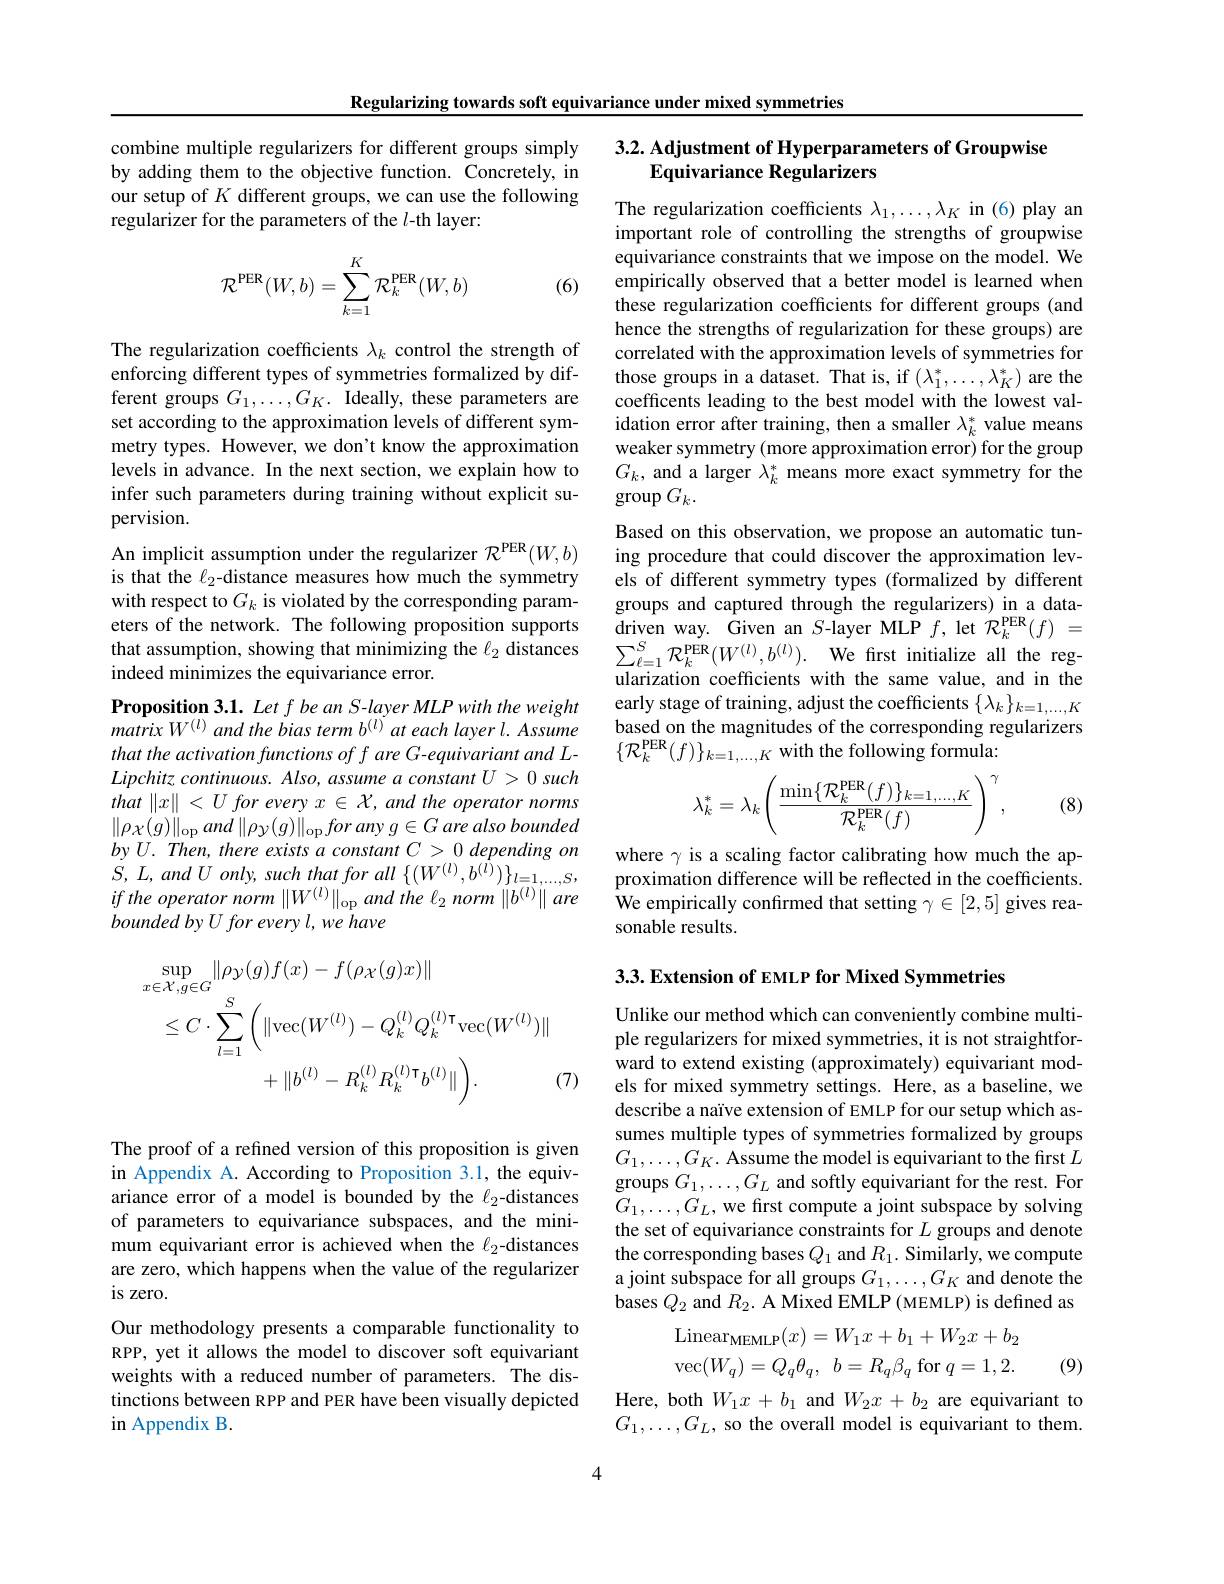
Regularizing towards soft equivariance under mixed symmetries

combine multiple regularizers for different groups simply by adding them to the objective function. Concretely, in our setup of $K$ different groups, we can use the following regularizer for the parameters of the $l$-th layer:
$$\mathcal{R}^{\mathrm{PER}}(W,b)=\sum_{k=1}^{K}\mathcal{R}_{k}^{\mathrm{PER}}(W,b)$$
(6)

The regularization coefficients $\lambda_k$ control the strength of enforcing different types of symmetries formalized by different groups $G_1,\ldots,G_K.$ Ideally, these parameters are set according to the approximation levels of different symmetry types. However, we don't know the approximation levels in advance. In the next section, we explain how to infer such parameters during training without explicit supervision.
An implicit assumption under the regularizer $\mathcal{R}^\mathrm{PER}(W,b)$ is that the $\ell_2$-distance measures how much the symmetry with respect to $G_k$ is violated by the corresponding parameters of the network. The following proposition supports that assumption, showing that minimizing the $\ell_2$ distances indeed minimizes the equivariance error.
Proposition 3.1. Let f be an S-layer MLP with the weight $matrixW^{(l)}$ and the bias term b$^{(l)}$ at each layer $l.Assume$ that the activation functions of f are G-equivariant and LLipchitz continuous. Also, assume a constant $U>0$ such that $\| x\|$ < $U$ for every $x$ $\in$ ${\mathcal{X} }$, and the operator norms $\|\rho_{\mathcal{X}}(g)\|_{\mathrm{op}}and\left\|\rho_{\mathcal{Y}}(g)\right\|_{\mathrm{op}}for$ any $g\in G$ are also bounded $by$ $U.$ $Then$, there exists $a$ constant $C> 0$ depending $on$ $\dot{S} $, $L$, and $U$ $only$, such that for all $\{ ( W^{( l) }, b^{( l) }) \} _{l= 1, \ldots , S}$, $if$ the operator norm $\left\|W^{(l)}\right\|_\mathrm{op}$ and the $\ell_2$ norm $\left\|b^{(l)}\right\|$ are bounded by U for every l, we have
$$\begin{aligned}&\sup_{x\in\mathcal{X},g\in G}\|\rho_{\mathcal{Y}}(g)f(x)-f(\rho_{\mathcal{X}}(g)x)\|\\&\leq C\cdot\sum_{l=1}^{S}\left(\|\mathrm{vec}(W^{(l)})-Q_{k}^{(l)}Q_{k}^{(l)\intercal}\mathrm{vec}(W^{(l)})\|\\&+\|b^{(l)}-R_{k}^{(l)}R_{k}^{(l)\intercal}b^{(l)}\|\right).\end{aligned}$$
(7)

The proof of a refined version of this proposition is given in Appendix A. According to Proposition 3.1, the equivariance error of a model is bounded by the $\ell_{2}$-distances of parameters to equivariance subspaces, and the minimum equivariant error is achieved when the $\ell_{2}$-distances are zero, which happens when the value of the regularizer is zero.
Our methodology presents a comparable functionality to RPP, yet it allows the model to discover soft equivariant weights with a reduced number of parameters. The distinctions between RPP and PER have been visually depicted in Appendix B.

## 3.2. Adjustment of Hyperparameters of Groupwise Equivariance Regularizers

The regularization coefficients $\lambda_1,\ldots,\lambda_K$ in (6)play an important role of controlling the strengths of groupwise equivariance constraints that we impose on the model. We empirically observed that a better model is learned when these regularization coefficients for different groups (and hence the strengths of regularization for these groups) are correlated with the approximation levels of symmetries for those groups in a dataset. That is, if $(\lambda_1^*,\ldots,\lambda_K^*)$ are the coefficents leading to the best model with the lowest validation error after training, then a smaller $\lambda_k^*$ value means weaker symmetry (more approximation error) for the group $G_k$, and a larger $\lambda_k^*$ means more exact symmetry for the $\operatorname{group}G_k.$
Based on this observation, we propose an automatic tuning procedure that could discover the approximation levels of different symmetry types (formalized by different groups and captured through the regularizers) in a data- $\begin{array}{cc}{\mathrm{driven~way.~Given~an~}S\text{-layer MLP}}&{f,\mathrm{let~}}{\mathcal{R}}_{k}^{\mathrm{PER}}(f)&{=}\end{array}$ $\begin{array}{l}{\sum_{\ell=1}^{S}\mathcal{R}_{k}^{\mathrm{PER}}(W^{(l)},b^{(l)}).\:\mathrm{We~first~initialize~all~the~reg-}}\\{\text{ularization coefficients with the same value, and in the}}\end{array}$ early stage of training, adjust the coefficients $\{\lambda_k\}_{k=1,\ldots,K}$ based on the magnitudes of the corresponding regularizers $\{\mathcal{R}_k^{\mathrm{PER}}(f)\}_{k=1,\ldots,K}$ with the following formula:
$$\lambda_k^*=\lambda_k\left(\frac{\min\{\mathcal{R}_k^{\text{PER}}(f)\}_{k=1,\dots,K}}{\mathcal{R}_k^{\text{PER}}(f)}\right)^\gamma,$$
(8)

where $\gamma$ is a scaling factor calibrating how much the approximation difference will be reflected in the coefficients. We empirically confırmed that setting $\gamma\in[2,5]$ gives reasonable results.

$3. 3. \textbf{Extension of EMLP for Mixed Symmetries}$

Unlike our method which can conveniently combine multiple regularizers for mixed symmetries, it is not straightforward to extend existing (approximately) equivariant models for mixed symmetry settings. Here, as a baseline, we describe a naïve extension of EMLP for our setup which assumes multiple types of symmetries formalized by groups $G_1,\ldots,G_K.$ Assume the model is equivariant to the first $L$ groups $G_1,\ldots,G_L$ and softly equivariant for the rest. For $G_{1},\ldots,G_{L}$,we first compute a joint subspace by solving the set of equivariance constraints for $L$ groups and denote the corresponding bases $Q_1$ and $R_1.$ Similarly, we compute a joint subspace for all groups $G_1,\ldots,G_K$ and denote the bases $Q_{2}$ and $R_{2}.$ A Mixed EMLP(MEMLP) is defined as
$$\mathrm{Linear}_{\mathrm{MEMLP}}(x)=W_{1}x+b_{1}+W_{2}x+b_{2}\\\mathrm{vec}(W_{q})=Q_{q}\theta_{q},\:b=R_{q}\beta_{q}\mathrm{~for~}q=1,2.$$
(9)

Here, both $W_1x+b_1$ and $W_2x+b_2$ are equivariant to $G_1,\ldots,G_L$, so the overall model is equivariant to them.

4